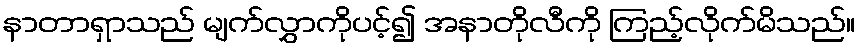
နာတာရှာသည် မျက်လွှာကိုပင့်၍ အနာတိုလီကို ကြည့်လိုက်မိသည်။